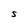
Character: S